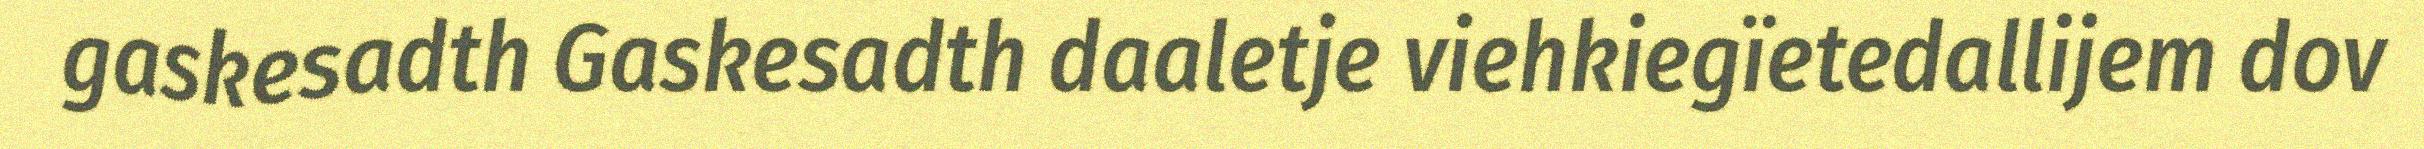
gaskesadth Gaskesadth daaletje viehkiegïetedallijem dov